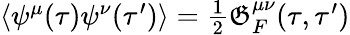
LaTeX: \begin{array}{r}{\langle\psi^{\mu}(\tau)\psi^{\nu}(\tau^{\prime})\rangle={\frac{1}{2}}\mathfrak G_{F}^{\mu\nu}(\tau,\tau^{\prime})}\end{array}